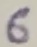
Text: 6